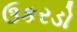
ઉકરડો